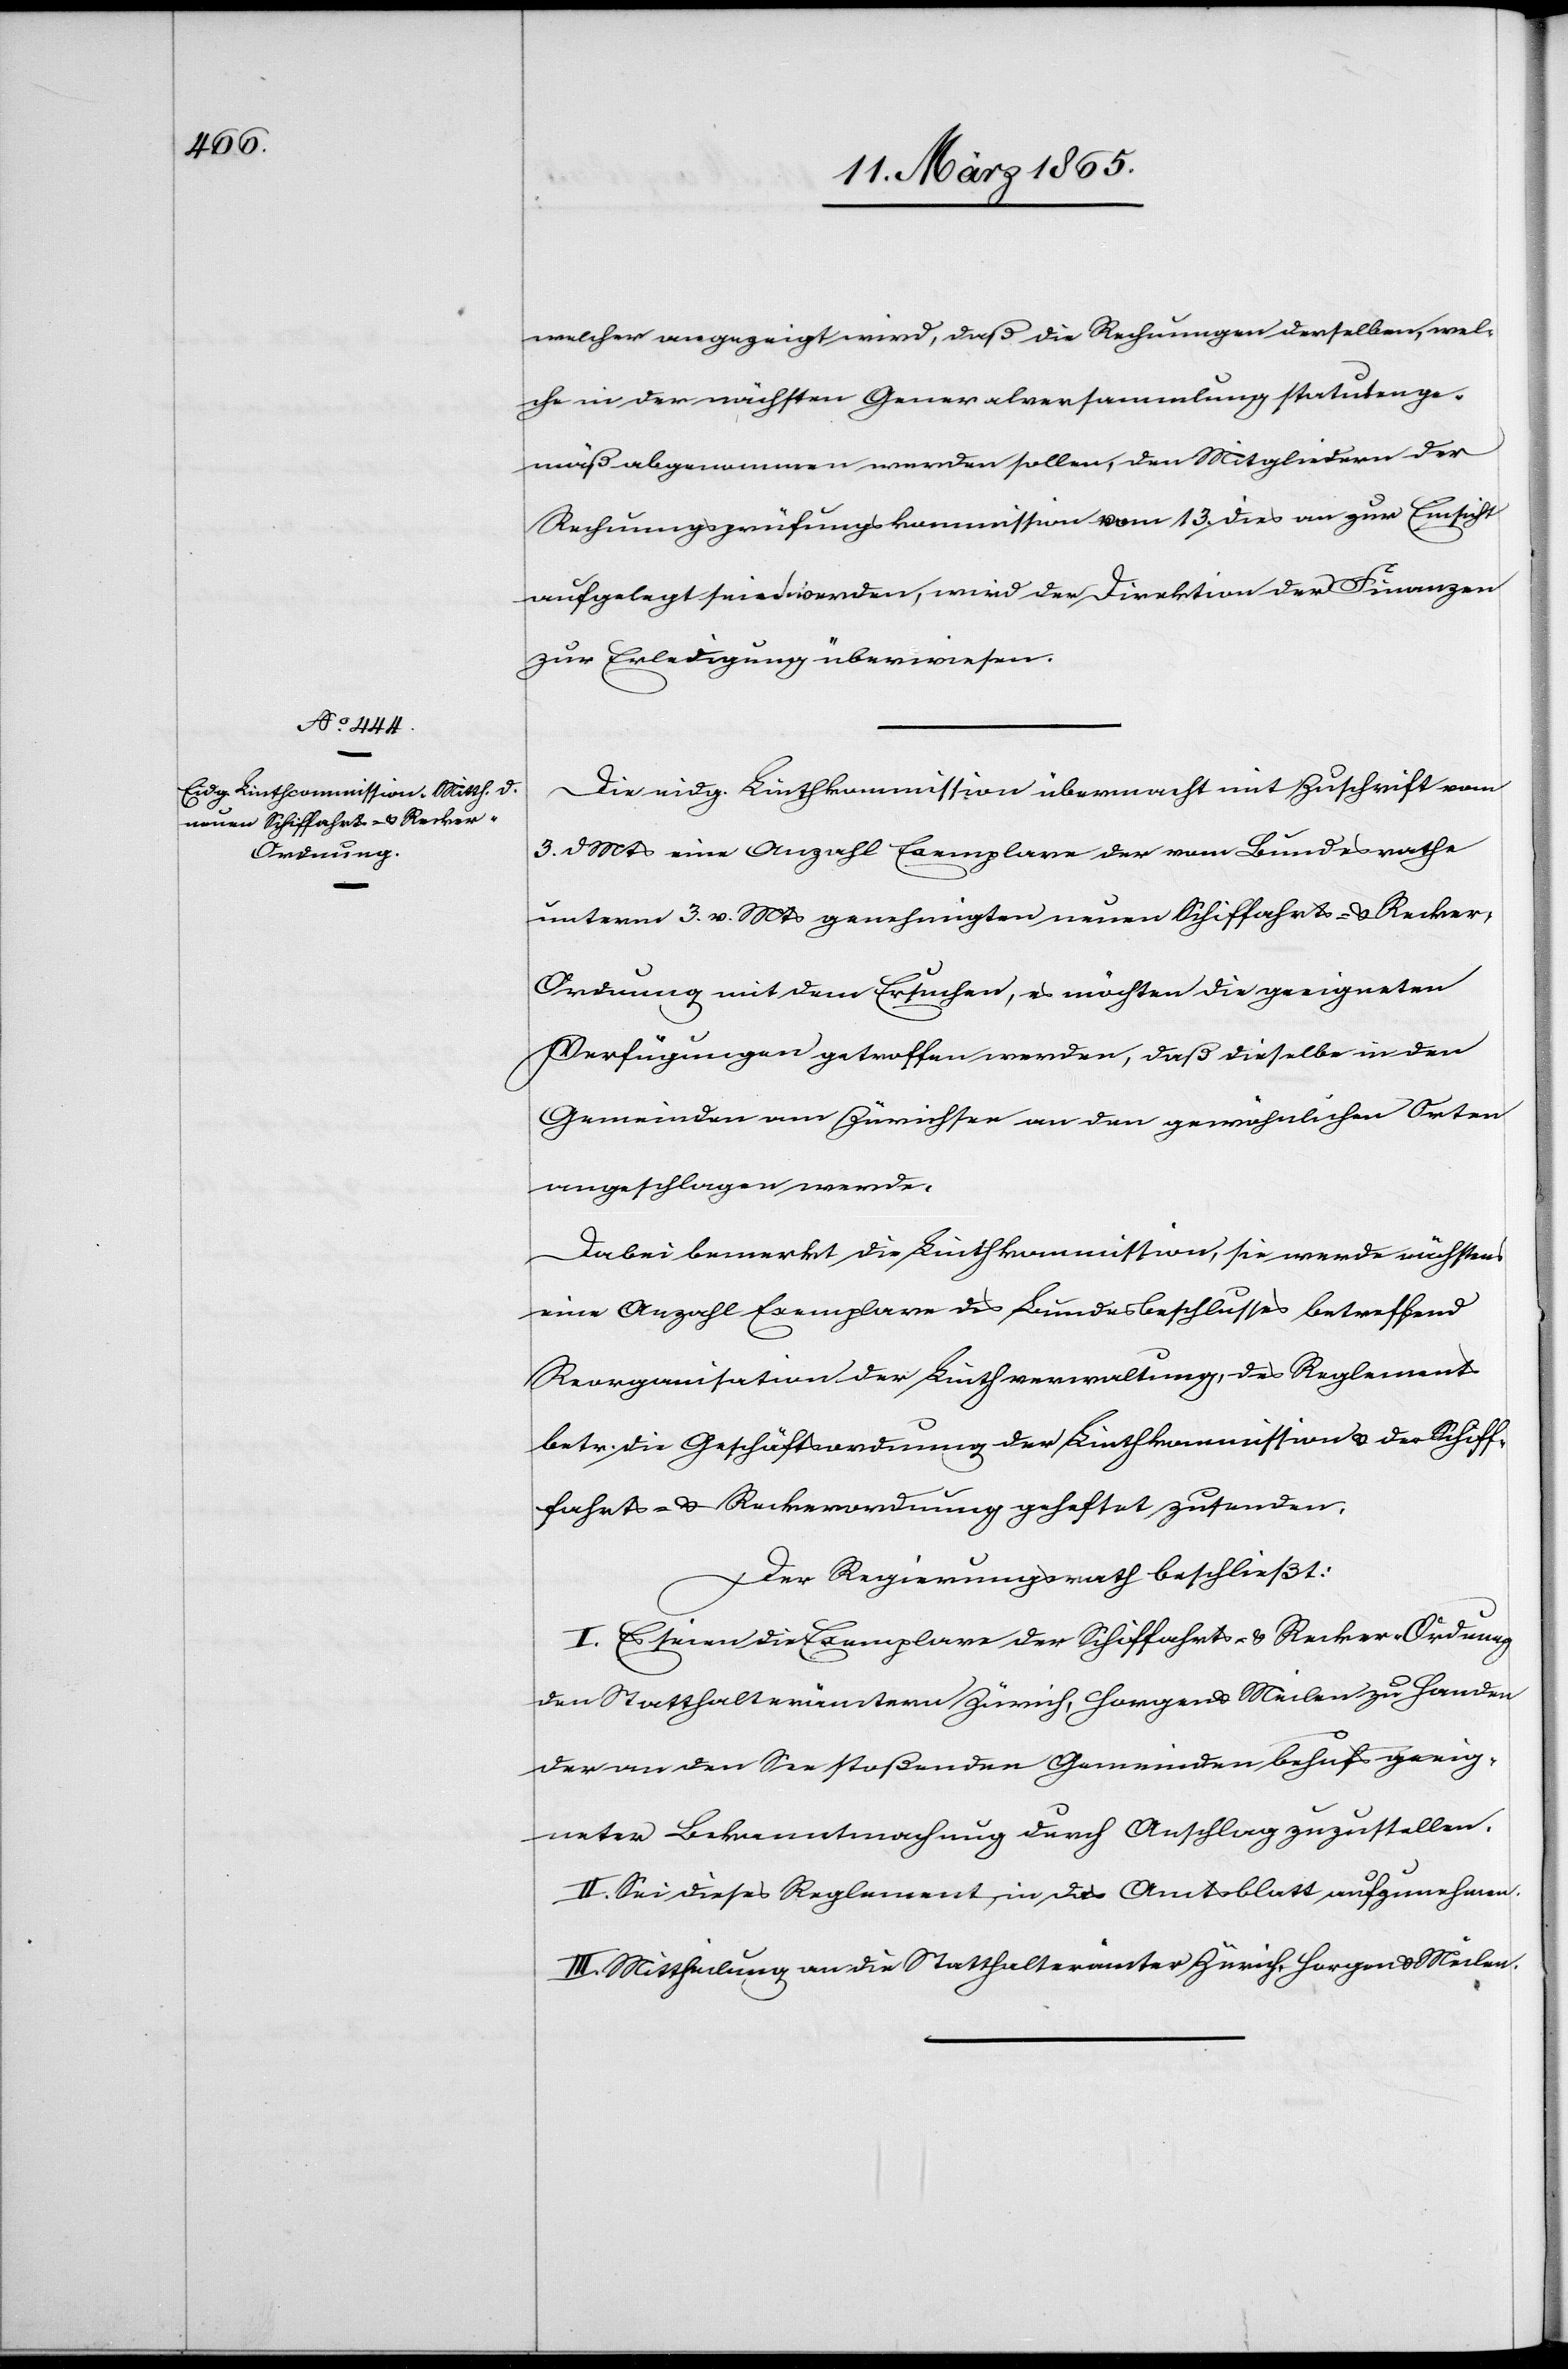
welcher angezeigt wird, daß die Rechnungen derselben, wel¬
che in der nächsten Generalversammlung statutenge¬
mäß abgenommen werden sollen, den Mitgliedern der
Rechnungsprüfungskommission vom 13. dies an zur Einsicht
aufgelegt sein werden, wird der Direktion der Finanzen
zur Erledigung überwiesen.
Die eidg. Linthkommission übermacht mit Zuschrift vom
3. d Mts eine Anzahl Exemplare der vom Bundesrathe
unterm 3. v. Mts genehmigten neuen Schiffahrts- u. Recke¬
r-Ordnung mit dem Ersuchen, es möchten die geeigneten
Verfügungen getroffen werden, daß dieselbe in den
Gemeinden am Zürichsee an den gewöhnlichen Orten
angeschlagen werde.
Dabei bemerkt die Linthkommission, sie werde nächstens
eine Anzahl Exemplare des Bundesbeschlusses betreffend
Reorganisation der Linthverwaltung, des Reglements
betr. die Geschäftsordnung der Linthkommission u. der Schiff¬
fahrts- u. Reckerordnung geheftet zusenden.
Der Regierungsrath beschließt:
I. Es seien die Exemplare der Schiffahrts- u. Recker-Ordnung
den Statthalterämtern Zürich, Horgen u. Meilen zu Handen
der an den See stoßenden Gemeinden behufs geeig¬
neter Bekanntmachung durch Anschlag zuzustellen.
II. Sei dieses Reglement, in das Amtsblatt aufzunehmen.
III. Mittheilung an die Statthalterämter Zürich, Horgen u. Meilen.